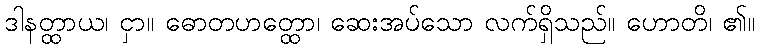
ဒါနတ္ထာယ၊ ငှာ။ ဓောတဟတ္ထော၊ ဆေးအပ်သော လက်ရှိသည်။ ဟောတိ၊ ၏။